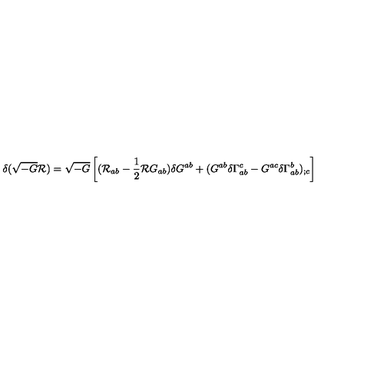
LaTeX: \delta ( \sqrt { - G } { \cal R } ) = \sqrt { - G } \left[ ( { \cal R } _ { a b } - \frac { 1 } { 2 } { \cal R } G _ { a b } ) \delta G ^ { a b } + ( G ^ { a b } \delta \Gamma _ { a b } ^ { c } - G ^ { a c } \delta \Gamma _ { a b } ^ { b } ) _ { ; c } \right]